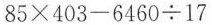
85 × 403-6460 ÷1 7